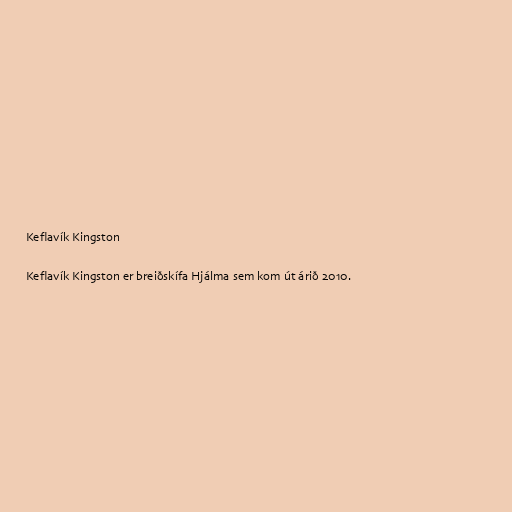
Keflavík Kingston

Keflavík Kingston er breiðskífa Hjálma sem kom út árið 2010.